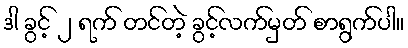
ဒါ ခွင့် ၂ ရက် တင်တဲ့ ခွင့်လက်မှတ် စာရွက်ပါ။